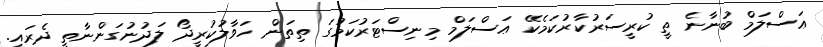
ޢަސްލަމް ބުނާނެ ތީ ކުރީސަރުކާރުކަމެކޭ ޢަސްލަމް މިނިސްޓަރުކަމުގަ ތިތަން ހަވާލުކުރީދޯ ލަދުނުގަންނާތީ ދެރައީ.